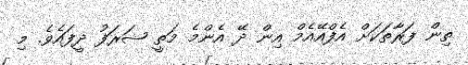
ތިން ފަރާތަކަށް އެފްއޭއެމް އިން ދޭ އެންމެ މަތީ ޝަރަފު ދީފައެވެ. މި